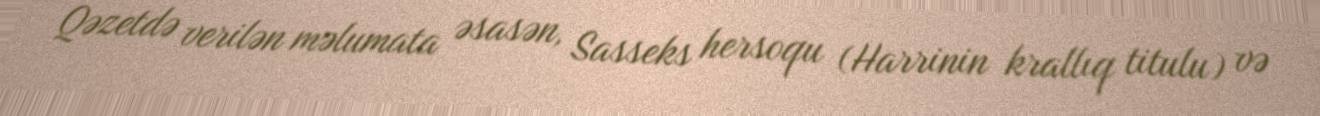
Qəzetdə verilən məlumata əsasən, Sasseks hersoqu (Harrinin krallıq titulu) və